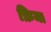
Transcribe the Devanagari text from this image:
फ्रिमा